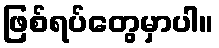
ဖြစ်ရပ်တွေမှာပါ။